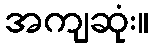
အကျဆုံး။